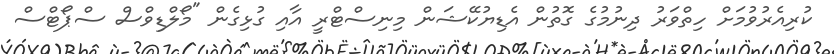
ކުރިއެރުވުމަށް ހިތްވަރު ދިނުމުގެ ގޮތުން އެޑިޔުކޭޝަން މިނިސްޓްރީ އާއި ގުޅިގެން "މޯލްޑިވްސް ސްޕޯޓްސް